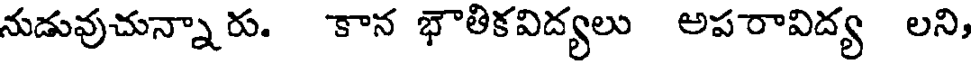
నుడువుచున్నారు. కాన భౌతికవిద్యలు అపరావిద్య లని,